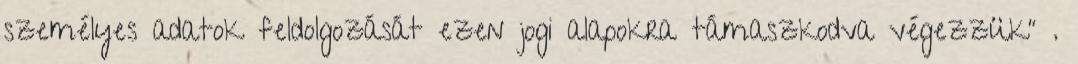
személyes adatok feldolgozását ezen jogi alapokra támaszkodva végezzük" .